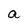
Character: a